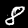
Digit: 8